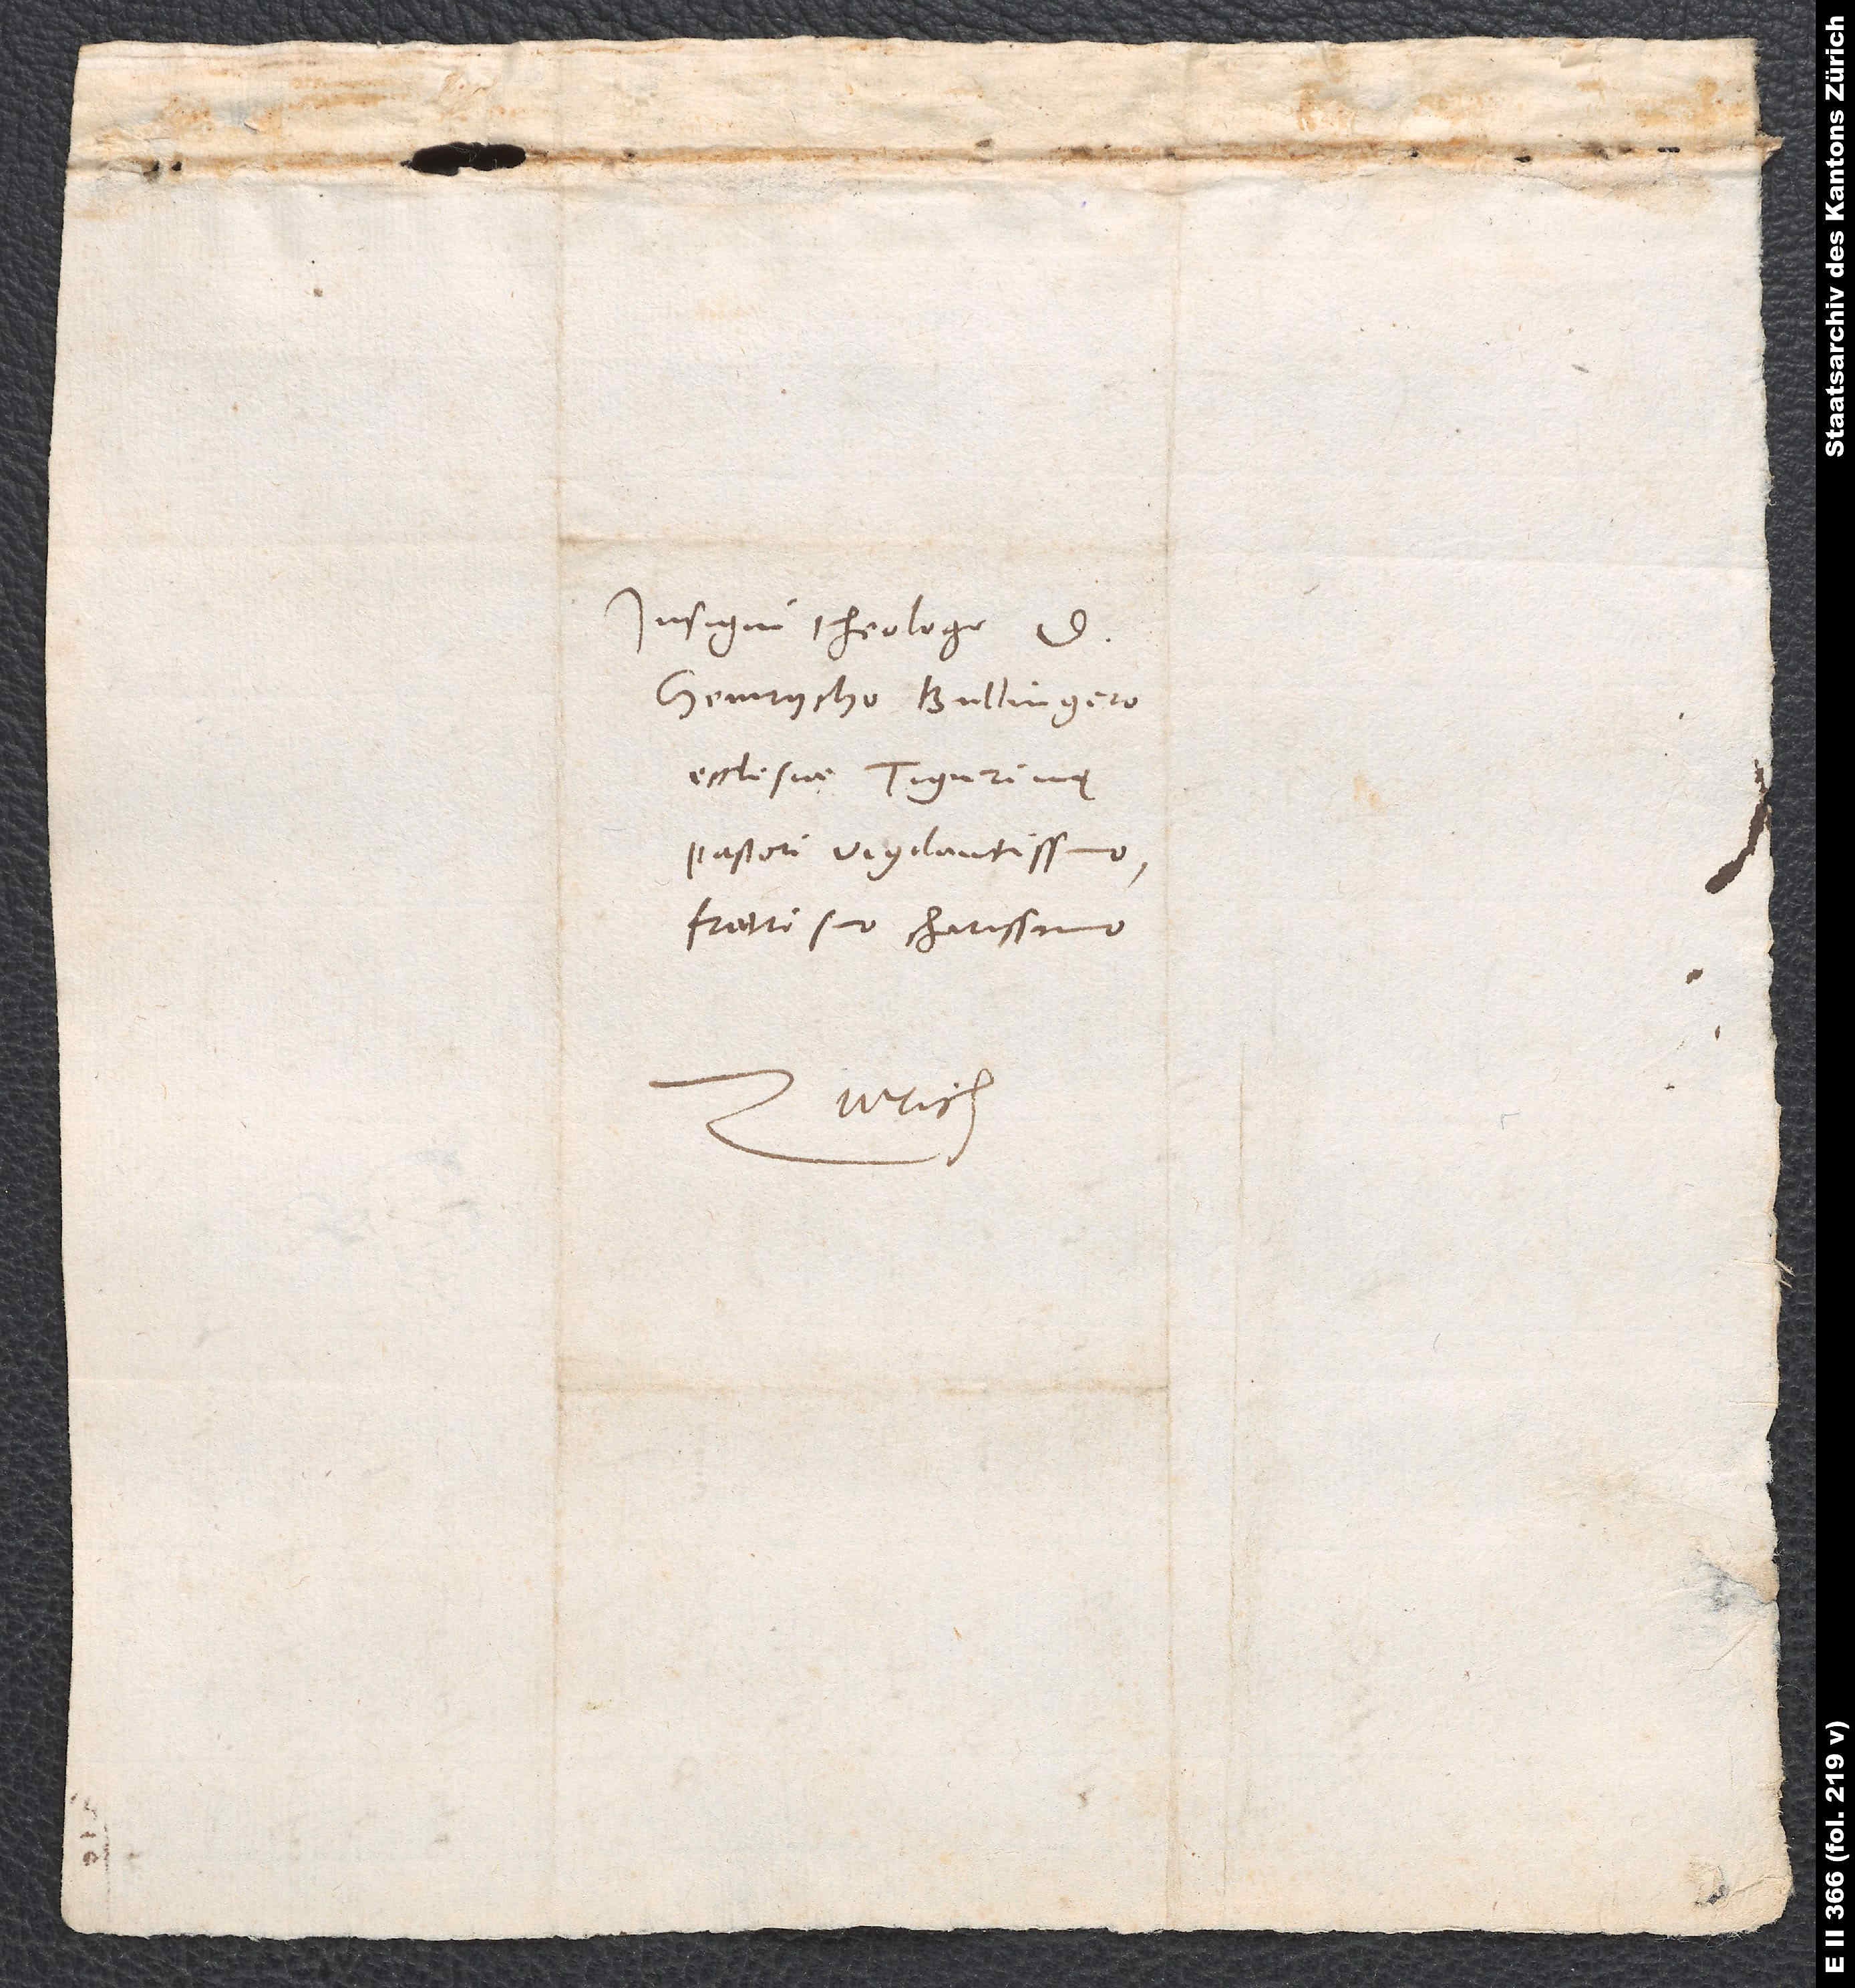
Insigni theologo d.
Heinrycho Bullingero,
ecclesiae Tigurinę
pastori vigilantissimo,
fratri suo charissimo.